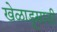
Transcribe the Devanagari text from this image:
खेळाडूसाठी